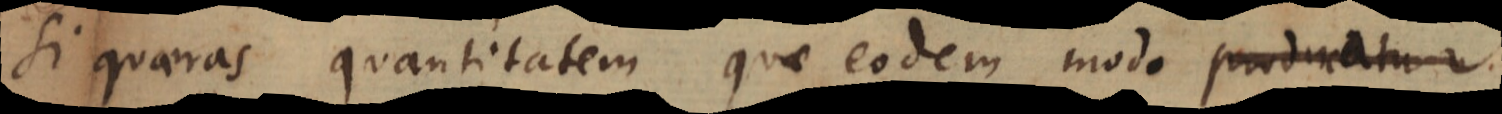
si quaeras quantitatem quae eodem modo producatur